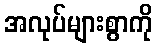
အလုပ်များစွာကို